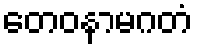
တေဝနာမဂတံ